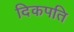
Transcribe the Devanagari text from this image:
दिकपति